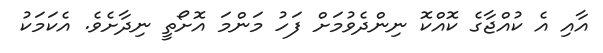
އާއި އެ ކުއްޖާގެ ކޮއްކޮ ނިންދެވުމަށް ފަހު މަންމަ އޮށޯތީ ނިދާށެވެ. އެކަމަކު